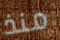
منذ